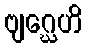
ဗျဂ္ဃေဟိ